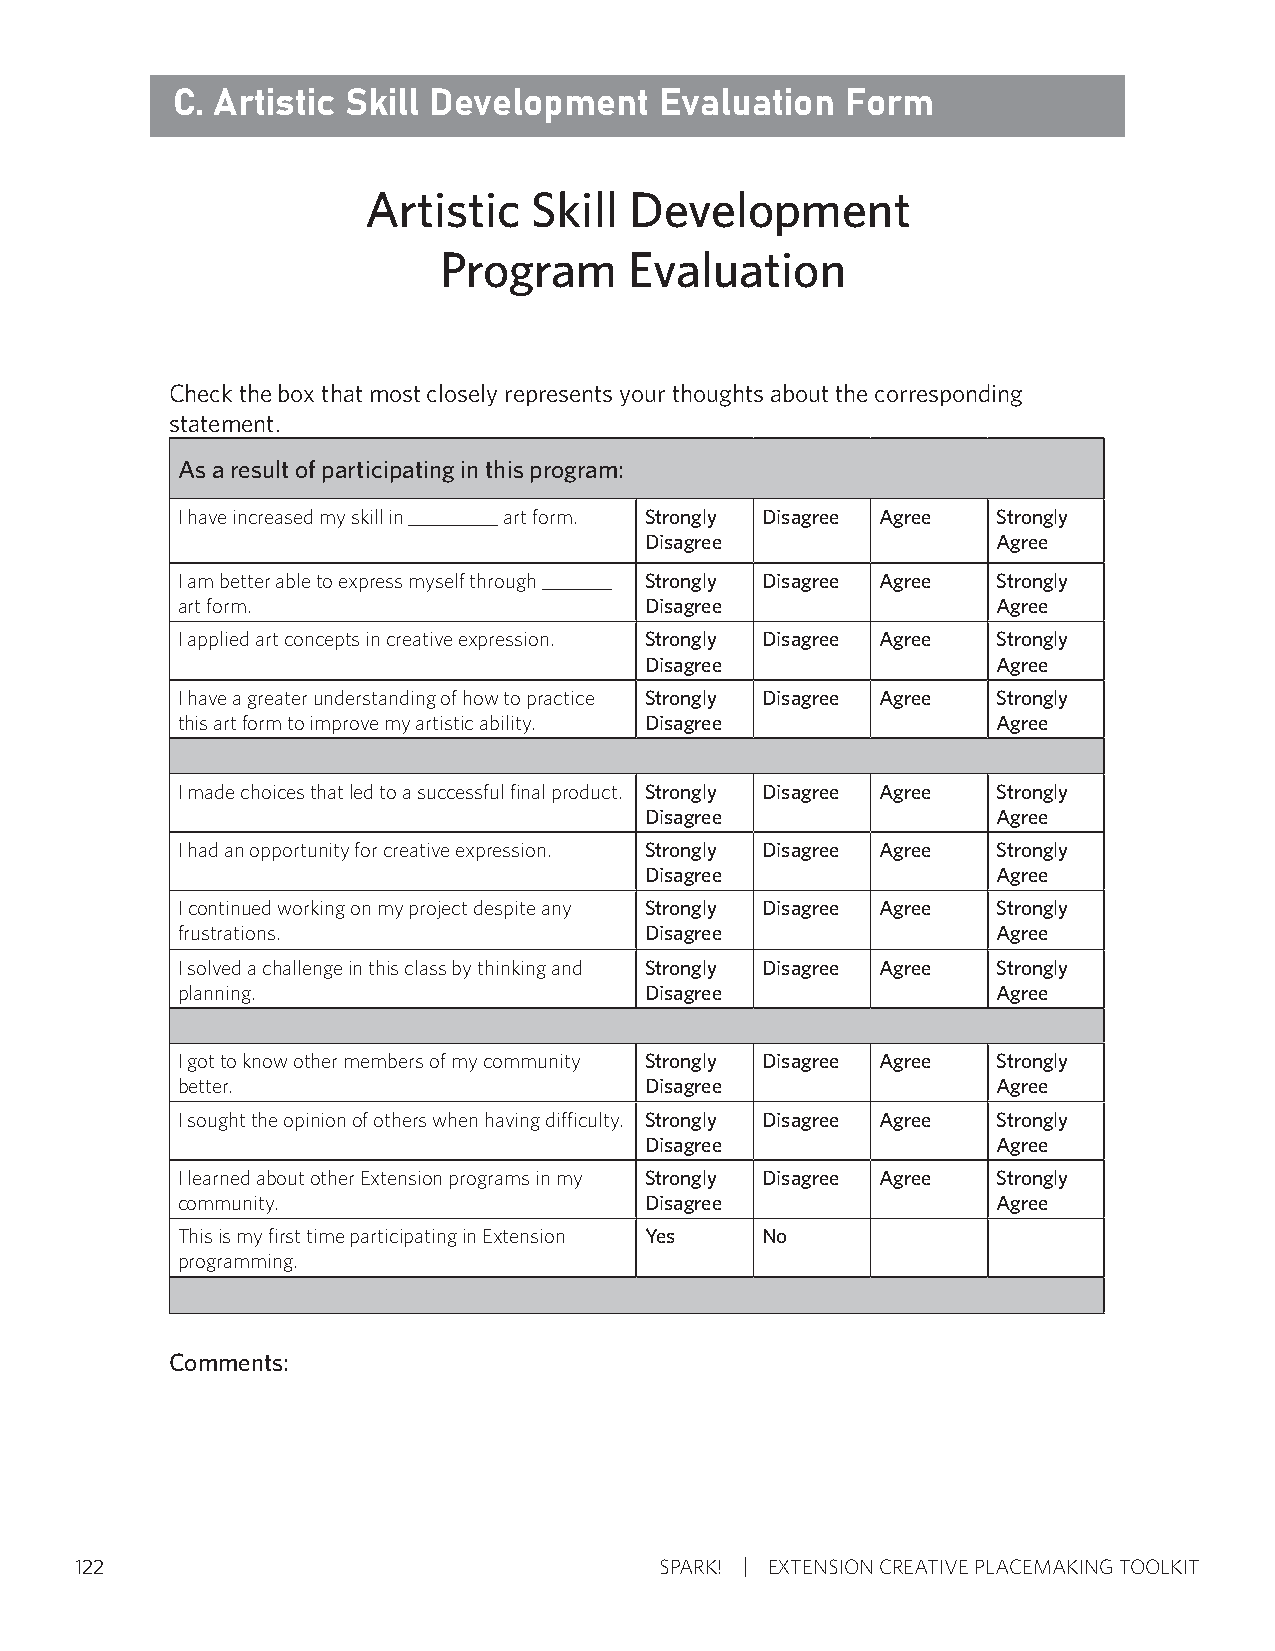
C. Artistic Skill Development    Evaluation  Form
 Artistic   Skill  Development
 Program      Evaluation
 Check the box that most closely represents your thoughts about the corresponding
 statement.
 As a result of participating in this program:
 I have increased my skill in _________ art form. Strongly Disagree Agree Strongly
 Disagree               Agree
 I am better able to express myself through _______ Strongly Disagree Agree Strongly
 art form.                      Disagree               Agree
 I applied art concepts in creative expression. Strongly Disagree Agree Strongly
 Disagree               Agree
 I have a greater understanding of how to practice Strongly Disagree Agree Strongly
 this art form to improve my artistic ability. Disagree Agree
 I made choices that led to a successful final product. Strongly Disagree Agree Strongly
 Disagree               Agree
 I had an opportunity for creative expression. Strongly Disagree Agree Strongly
 Disagree               Agree
 I continued working on my project despite any Strongly Disagree Agree Strongly
 frustrations.                  Disagree               Agree
 I solved a challenge in this class by thinking and Strongly Disagree Agree Strongly
 planning.                      Disagree               Agree
 I got to know other members of my community Strongly Disagree Agree Strongly
 better.                        Disagree               Agree
 I sought the opinion of others when having difficulty. Strongly Disagree Agree Strongly
 Disagree               Agree
 I learned about other Extension programs in my Strongly Disagree Agree Strongly
 community.                     Disagree               Agree
 This is my first time participating in Extension Yes No
 programming.
 Comments:
 122                                    SPARK! EXTENSION CREATIVE PLACEMAKING TOOLKIT